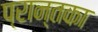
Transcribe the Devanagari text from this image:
प्रान्तका